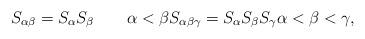
LaTeX: \begin{align*}S_{\alpha \beta} = S_\alpha S_\beta\qquad\alpha <\beta S_{\alpha \beta \gamma} = S_\alpha S_\beta S_\gamma \alpha <\beta<\gamma,\end{align*}